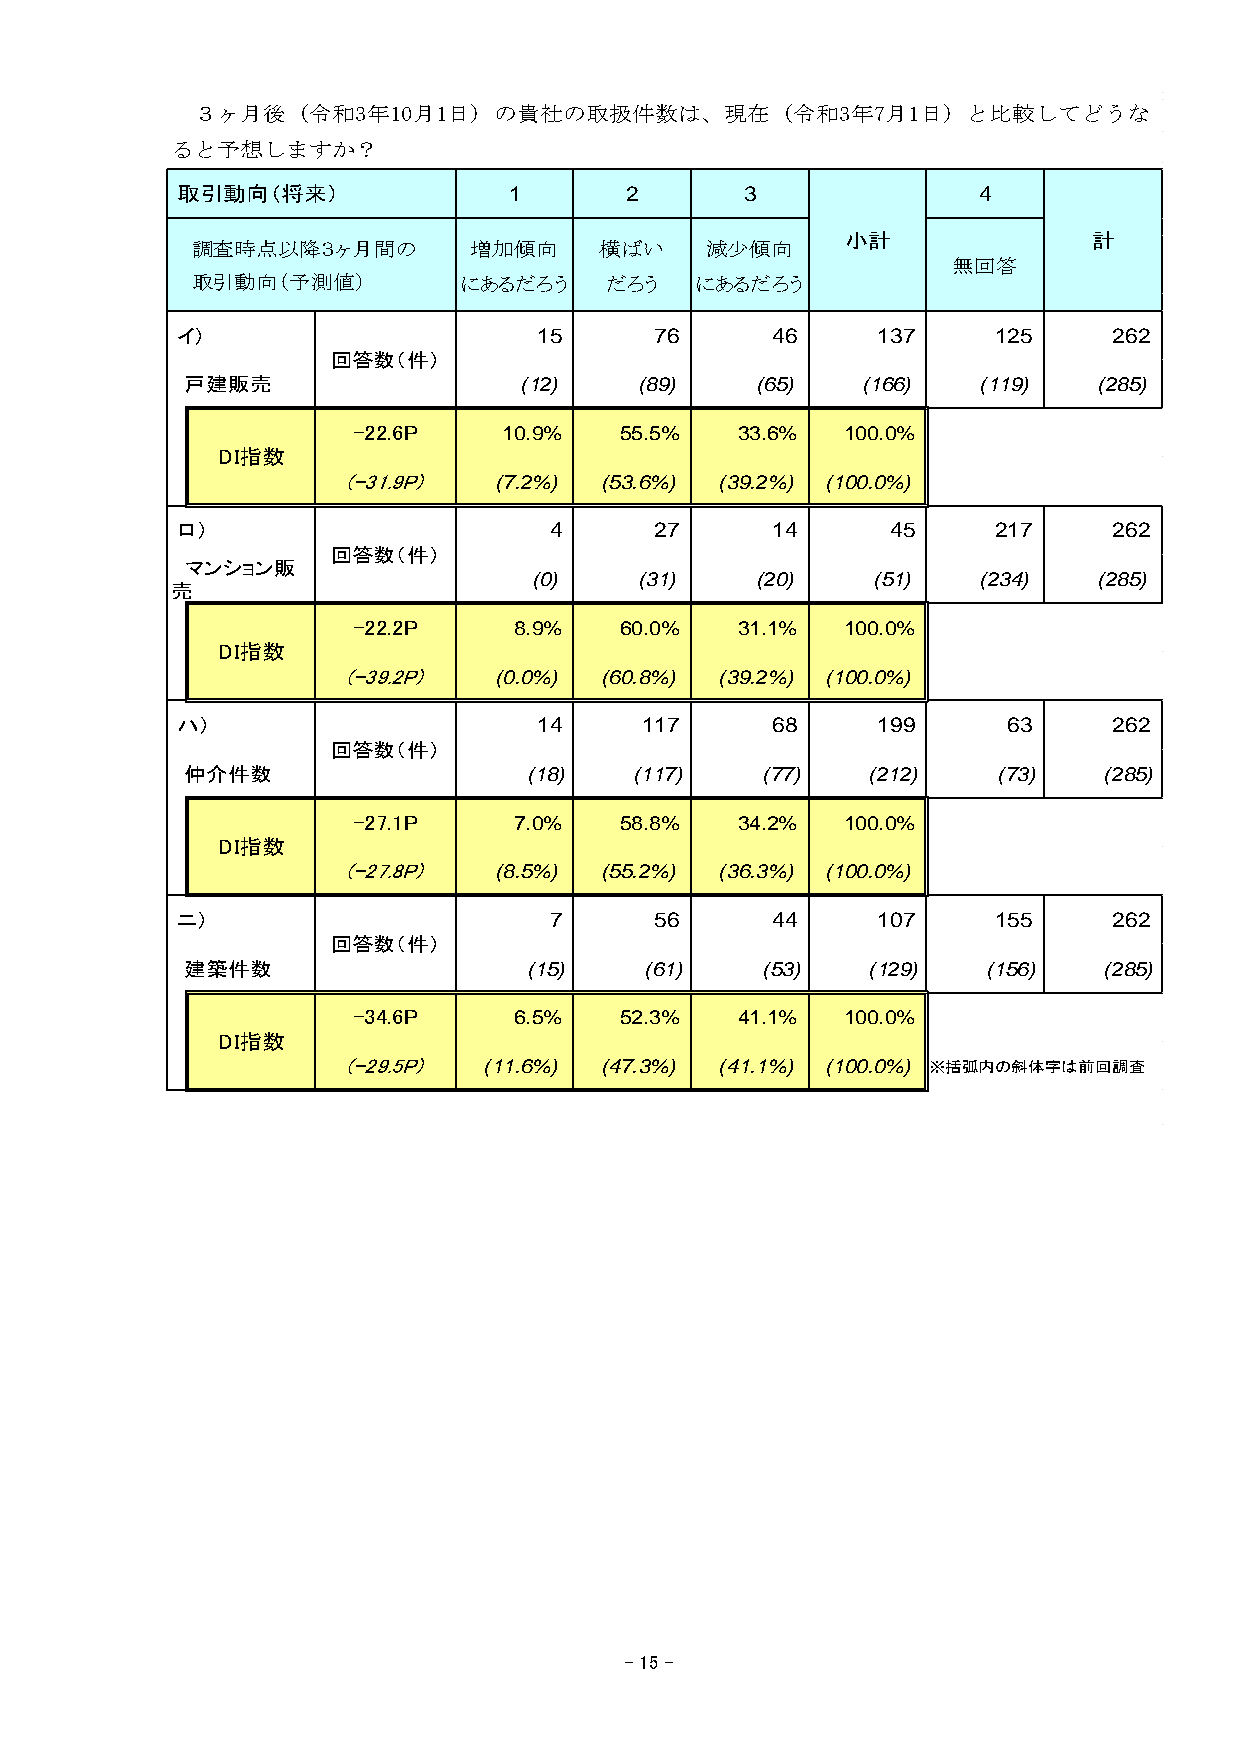
３ヶ月後（令和3年10月1日）の貴社の取扱件数は、現在（令和3年7月1日）と比較してどうな
 ると予想しますか？
 取引動向（将来）              1      2       3               4
 小計              計
 調査時点以降３ヶ月間の       増加傾向     横ばい    減少傾向
 無回答
 取引動向（予測値）        にあるだろう    だろう   にあるだろう
 イ）                      15     76      46     137     125     262
 回答数（件）
 戸建販売                  (12)    (89)    (65)   (166)   (119)   (285)
 -22.6P    10.9%   55.5%   33.6%  100.0%
 DI指数
 (-31.9P)  (7.2%) (53.6%) (39.2%) (100.0%)
 ロ）                      4      27      14      45     217     262
 回答数（件）
 マンション販
 (0)    (31)    (20)    (51)   (234)   (285)
 売
 -22.2P     8.9%   60.0%   31.1%  100.0%
 DI指数
 (-39.2P)  (0.0%) (60.8%) (39.2%) (100.0%)
 ハ）                      14    117      68     199      63     262
 回答数（件）
 仲介件数                   (18)   (117)   (77)   (212)    (73)   (285)
 -27.1P     7.0%   58.8%   34.2%  100.0%
 DI指数
 (-27.8P)  (8.5%) (55.2%) (36.3%) (100.0%)
 ニ）                      7      56      44     107     155     262
 回答数（件）
 建築件数                   (15)    (61)   (53)   (129)   (156)   (285)
 -34.6P     6.5%   52.3%   41.1%  100.0%
 DI指数
 (-29.5P) (11.6%) (47.3%) (41.1%) (100.0%) ※括弧内の斜体字は前回調査
 - 15 -